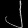
Digit: ၂